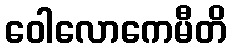
ဝေါလောကေမီတိ